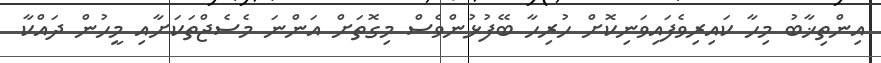
އިންތިޚާބު މިހާ ކައިރިވެފައިވަނިކޮށް ހުރިހާ ބޭފުޅުންވެސް މިގޮތަށް އަންނަ މެސެޖްތަކަށާއި މީހުން ދައްކާ